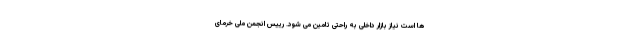
ها است نیاز بازار داخلی به راحتی تامین می شود. رییس انجمن ملی خرمای